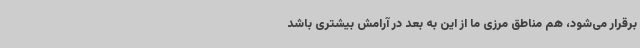
برقرار می‌شود، هم مناطق مرزی ما از این به بعد در آرامش بیشتری باشد